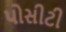
પોસીટી